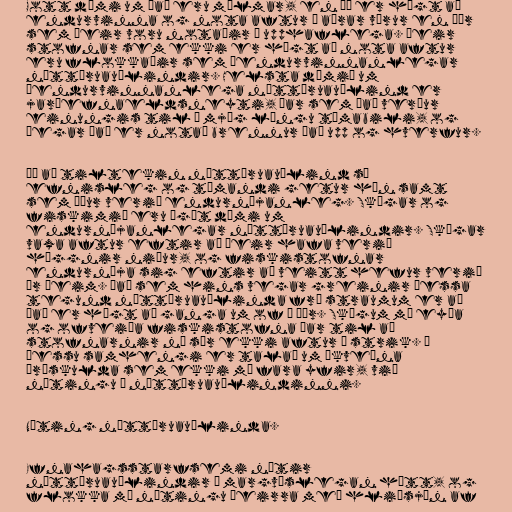
Gott dæmi um það eru málmar, en þá er hægt að
endurvinna og nota aftur í aðrar vörur en þær
sem þeir voru notaðir í upphaflega. Þeir
stofnar sem ekki er hægt að nota aftur
eru flokkaðir sem óendurvinnanlegar
náttúruauðlindir. Helsta dæmið um
óendurvinnanlega náttúruauðlind er
jarðefnaeldsneyti, þar sem það verður
einungis til á mjög löngu tímabili, og
þegar það er notað brennur það upp og hverfur.

Þó að tiltekin náttúruauðlind sé
efnisleg og tæmandi getur hún samt
sem áður verið endurnýjanleg. Skógar og
fiskimið eru ágæt dæmi um
endurnýjanlegar náttúruauðlindir. Skógar
vaxa aftur eftir að þeir hafa verið
höggnir niður, og fiskistofnar
endurnýja sig eftir að veitt hefur verið
úr þeim. Það sem hins vegar greinir þessa
tegund náttúruauðlinda frá straumum er að
það er hægt að ganga um of á þær. Skógum má eyða
og ofveiða fiskistofna þar til að
stofnarnir ná sér ekki aftur á strik. Í
þessu samhengi er talað um ákveðna
þröskulda sem ekki má fara yfir, við
nýtingu á náttúruauðlindinni.

Nýting náttúruauðlinda.

Efnahagsstarfsemi nýtir
náttúruauðlindir á margvíslegan hátt, og
flokka má nýtingu þeirra með hliðsjón af